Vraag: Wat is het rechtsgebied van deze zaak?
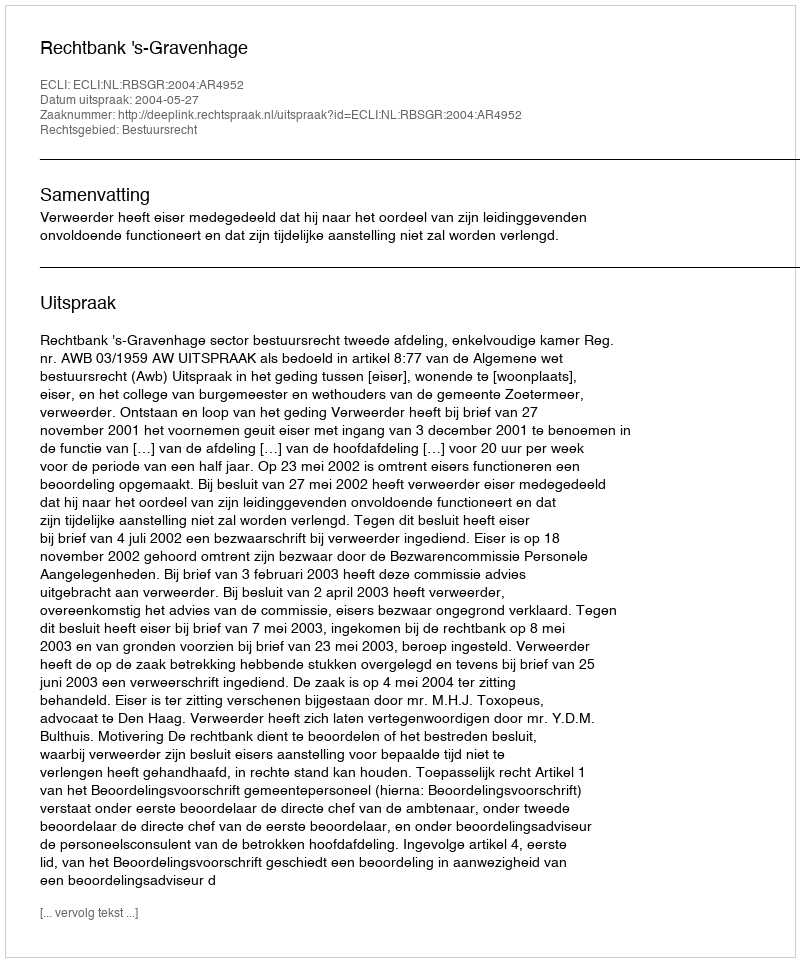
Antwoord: Bestuursrecht